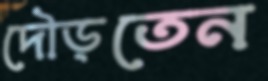
দৌড়তেন